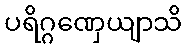
ပရိဂ္ဂဏှေယျာသိ